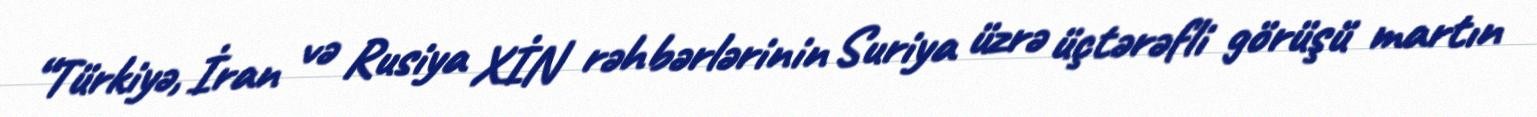
“Türkiyə, İran və Rusiya XİN rəhbərlərinin Suriya üzrə üçtərəfli görüşü martın